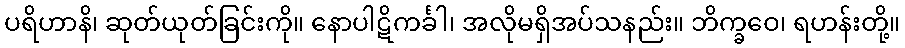
ပရိဟာနိ၊ ဆုတ်ယုတ်ခြင်းကို။ နောပါဋိကင်္ခါ၊ အလိုမရှိအပ်သနည်း။ ဘိက္ခဝေ၊ ရဟန်းတို့။